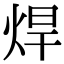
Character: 焊